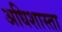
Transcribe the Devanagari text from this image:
अधिशास्ता